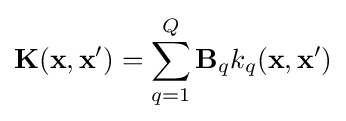
{\textbf {K}}({\textbf {x}},{\textbf {x}}')=\sum _{q=1}^{Q}{{\textbf {B}}_{q}k_{q}({\textbf {x}},{\textbf {x}}')}